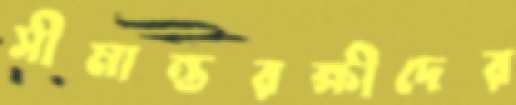
সীমান্তরক্ষীদের